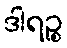
ဒါရဉ္စ